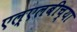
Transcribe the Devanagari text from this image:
एल्‌एलबीच्या